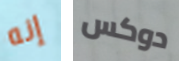
إنه دوكس